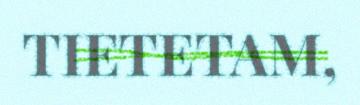
TIETETAM,